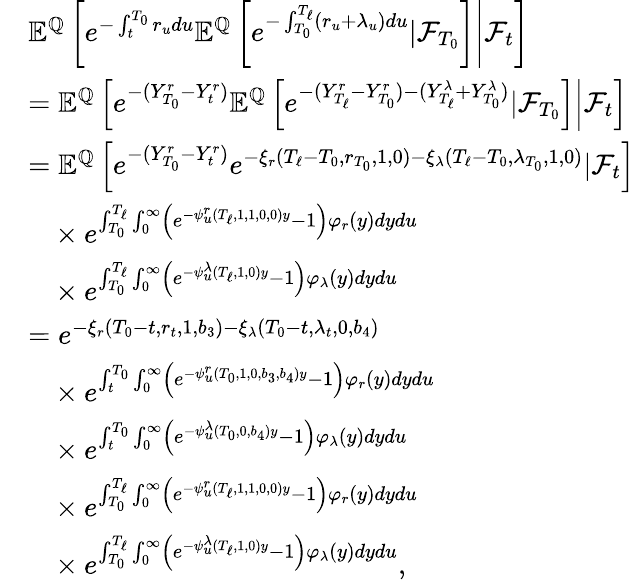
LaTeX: \begin{array}{rl}&{{\mathbb E}^{{\mathbb Q}}\left[\left.e^{-\int_{t}^{T_{0}}r_{u}du}{\mathbb E}^{{\mathbb Q}}\left[e^{-\int_{T_{0}}^{T_{\ell}}(r_{u}+\lambda_{u})du}|{\mathcal F}_{T_{0}}\right]\right\rvert{\mathcal F}_{t}\right]}\\ &{={\mathbb E}^{{\mathbb Q}}\left[\left.e^{-(Y_{T_{0}}^{r}-Y_{t}^{r})}{\mathbb E}^{{\mathbb Q}}\left[e^{-(Y_{T_{\ell}}^{r}-Y_{T_{0}}^{r})-(Y_{T_{\ell}}^{\lambda}+Y_{T_{0}}^{\lambda})}|{\mathcal F}_{T_{0}}\right]\right\rvert{\mathcal F}_{t}\right]}\\ &{={\mathbb E}^{{\mathbb Q}}\left[e^{-(Y_{T_{0}}^{r}-Y_{t}^{r})}e^{-\xi_{r}(T_{\ell}-T_{0},r_{T_{0}},1,0)-\xi_{\lambda}(T_{\ell}-T_{0},\lambda_{T_{0}},1,0)}|{\mathcal F}_{t}\right]}\\ &{\ \ \ \times e^{\int_{T_{0}}^{T_{\ell}}\int_{0}^{\infty}\left(e^{-\psi_{u}^{r}(T_{\ell},1,1,0,0)y}-1\right)\varphi_{r}(y)dydu}}\\ &{\ \ \ \times e^{\int_{T_{0}}^{T_{\ell}}\int_{0}^{\infty}\left(e^{-\psi_{u}^{\lambda}(T_{\ell},1,0)y}-1\right)\varphi_{\lambda}(y)dydu}}\\ &{=e^{-\xi_{r}(T_{0}-t,r_{t},1,b_{3})-\xi_{\lambda}(T_{0}-t,\lambda_{t},0,b_{4})}}\\ &{\ \ \ \times e^{\int_{t}^{T_{0}}\int_{0}^{\infty}\left(e^{-\psi_{u}^{r}(T_{0},1,0,b_{3},b_{4})y}-1\right)\varphi_{r}(y)dydu}}\\ &{\ \ \ \times e^{\int_{t}^{T_{0}}\int_{0}^{\infty}\left(e^{-\psi_{u}^{\lambda}(T_{0},0,b_{4})y}-1\right)\varphi_{\lambda}(y)dydu}}\\ &{\ \ \ \times e^{\int_{T_{0}}^{T_{\ell}}\int_{0}^{\infty}\left(e^{-\psi_{u}^{r}(T_{\ell},1,1,0,0)y}-1\right)\varphi_{r}(y)dydu}}\\ &{\ \ \ \times e^{\int_{T_{0}}^{T_{\ell}}\int_{0}^{\infty}\left(e^{-\psi_{u}^{\lambda}(T_{\ell},1,0)y}-1\right)\varphi_{\lambda}(y)dydu},}\end{array}